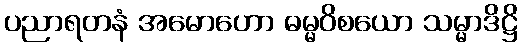
ပညာရတနံ အမောဟော ဓမ္မဝိစယော သမ္မာဒိဋ္ဌိ